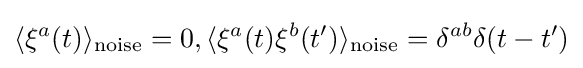
\langle \xi ^{a}(t)\rangle _{\text{noise}}=0,\langle \xi ^{a}(t)\xi ^{b}(t')\rangle _{\text{noise}}=\delta ^{ab}\delta (t-t')